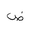
Letter: _dad